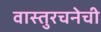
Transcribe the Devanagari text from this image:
वास्तुरचनेची